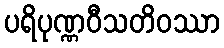
ပရိပုဏ္ဏဝီသတိဝဿာ